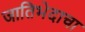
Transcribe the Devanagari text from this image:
जातिभेदाचा